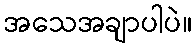
အသေအချာပါပဲ။